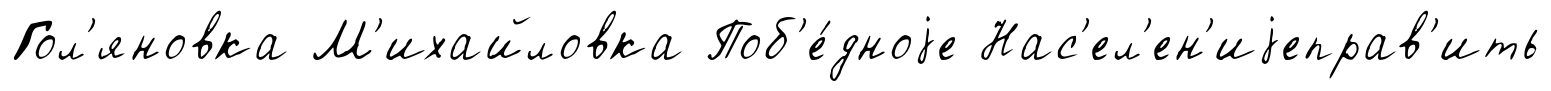
Гол'яновка М'ихайловка Поб'е́дноjе Нас'ел'ен'иjеправ'ить